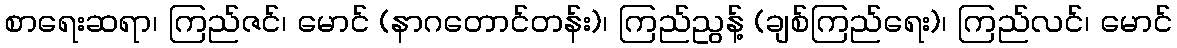
စာရေးဆရာ၊ ကြည်ဇင်၊ မောင် (နာဂတောင်တန်း)၊ ကြည်ညွန့် (ချစ်ကြည်ရေး)၊ ကြည်လင်၊ မောင်